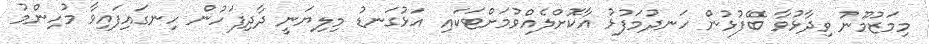
މިމަޒުމޫނު ވިދާޅުވާ ބޭފުޅުން ހަނދުމަފުޅު އާކޮށްލެއްވުމަށްޓަކައި އަޅުގަނޑު މިލިޔަނީ ދާދިފަހުން ހިނގައިފައިވާ މުހިންމު